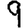
Digit: 9